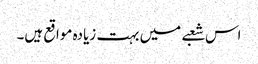
اس شعبے میں بہت زیادہ مواقع ہیں۔